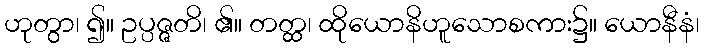
ဟုတွာ၊ ၍။ ဥပ္ပဇ္ဇတိ၊ ၏။ တတ္ထ၊ ထိုယောနိဟူသောစကား၌။ ယောနီနံ၊